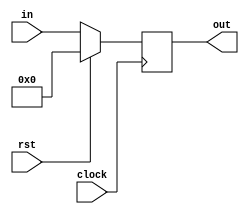
module register_32(in, rst, out, clock);
input rst, clock;
output reg [31:0] out;
input [31:0] in;

always @ (posedge clock)
	if (rst)
		out <= 32'b0;
	else
		out <= in;

endmodule